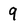
Character: 9